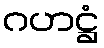
ဂဟဋ္ဌံ